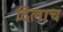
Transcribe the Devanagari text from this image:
दिलाच